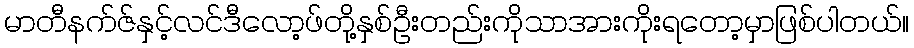
မာတီနက်ဇ်နှင့်လင်ဒီလော့ဖ်တို့နှစ်ဦးတည်းကိုသာအားကိုးရတော့မှာဖြစ်ပါတယ်။